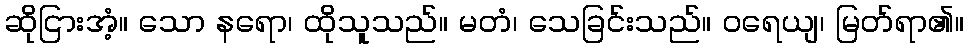
ဆိုငြားအံ့။ သော နရော၊ ထိုသူသည်။ မတံ၊ သေခြင်းသည်။ ဝရေယျ၊ မြတ်ရာ၏။